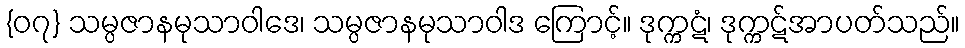
{၀၇} သမ္ပဇာနမုသာဝါဒေ၊ သမ္ပဇာနမုသာဝါဒ ကြောင့်။ ဒုက္ကဋံ၊ ဒုက္ကဋ်အာပတ်သည်။